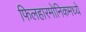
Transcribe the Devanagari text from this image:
फिलहारमोनिकमध्ये